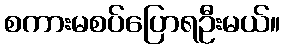
စကားမစပ်ပြောရဦးမယ်။